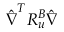
\boldsymbol { \hat { \nabla } } ^ { T } \boldsymbol { R _ { u } ^ { B } } \boldsymbol { \hat { \nabla } }